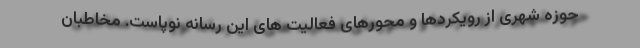
حوزه شهری از رویکردها و محورهای فعالیت های این رسانه نوپاست. مخاطبان